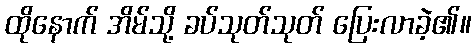
ထိုနောက် အိမ်သို့ ခပ်သုတ်သုတ် ပြေးလာခဲ့၏။